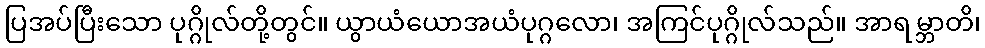
ပြအပ်ပြီးသော ပုဂ္ဂိုလ်တို့တွင်။ ယွာယံယောအယံပုဂ္ဂလော၊ အကြင်ပုဂ္ဂိုလ်သည်။ အာရမ္ဘာတိ၊